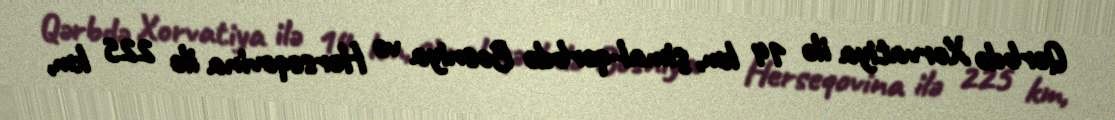
Qərbdə Xorvatiya ilə 14 km, şimal-qərbdə Bosniya və Herseqovina ilə 225 km,